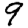
Digit: 9